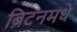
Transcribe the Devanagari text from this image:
ब्रिटनमधे